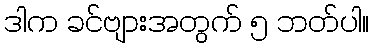
ဒါက ခင်ဗျားအတွက် ၅ ဘတ်ပါ။